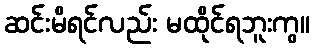
ဆင်းမိရင်လည်း မထိုင်ရဘူးကွ။